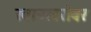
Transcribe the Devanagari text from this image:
खानाबरोबर